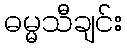
ဓမ္မသီချင်း